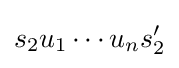
s_{2}u_{1}\cdots u_{n}s_{2}'